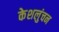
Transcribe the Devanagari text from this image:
केशलुंचन